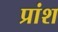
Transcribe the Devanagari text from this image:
प्रांश